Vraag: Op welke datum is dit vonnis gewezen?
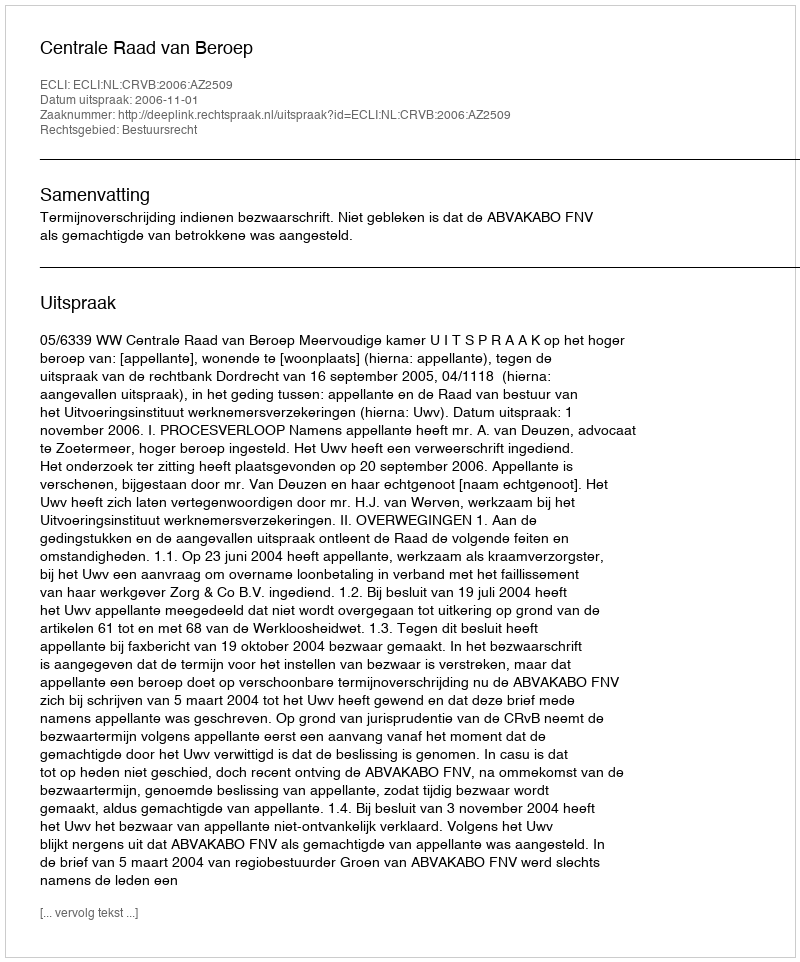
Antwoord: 2006-11-01